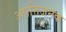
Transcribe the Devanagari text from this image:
अपत्तिजनक